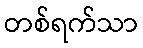
တစ်ရက်သာ